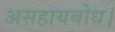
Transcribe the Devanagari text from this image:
असहायबोध।